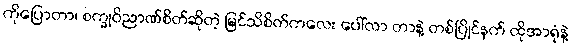
ကိုပြောတာ၊ စက္ခုဝိညာဏ်စိတ်ဆိုတဲ့ မြင်သိစိတ်ကလေး ပေါ်လာ တာနဲ့ တစ်ပြိုင်နက် ထိုအာရုံနဲ့